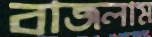
বাজলাম